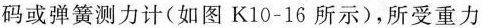
码或弹簧测力计(如图K10-16所示)，所受重力